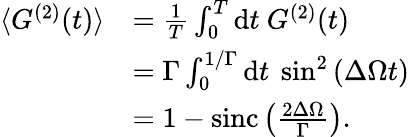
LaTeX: \begin{array}{rl}{\langle G^{(2)}(t)\rangle}&{=\frac{1}{T}\int_{0}^{T}\mathrm{d}t\ G^{(2)}(t)}\\ &{=\Gamma\int_{0}^{1/\Gamma}\mathrm{d}t\ \sin^{2}\left(\Delta\Omega t\right)}\\ &{=1-\mathrm{sinc}\left(\frac{2\Delta\Omega}{\Gamma}\right).}\end{array}